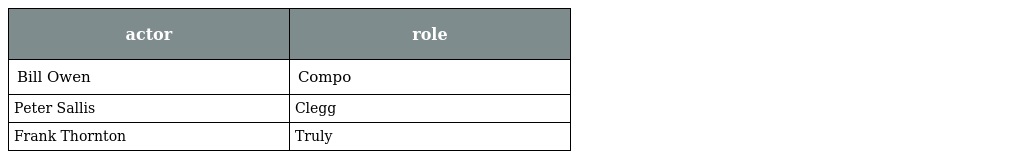
| actor | role |
 | --- | --- |
 | Bill Owen | Compo |
 | Peter Sallis | Clegg |
 | Frank Thornton | Truly |